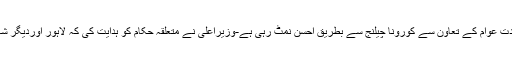
عوام کو موجودہ حالات میں ذمہ داری کا ثبوت دینا ہو گا- انہوں نے کہا کہ سیاسی وعسکری قیادت عوام کے تعاون سے کورونا چیلنج سے بطریق احسن نمٹ رہی ہے-وزیراعلیٰ نے متعلقہ حکام کو ہدایت کی کہ لاہور اوردیگر شہروں کیلئے علیحدہ علیحدہ پالیسی جلد مرتب کی جائے اوراس ضمن میں تاخیر نہیں ہونی چاہیے۔